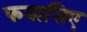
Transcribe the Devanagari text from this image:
फबासिए